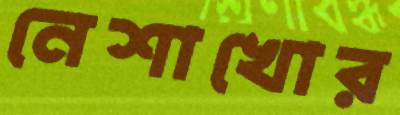
নেশাখোর